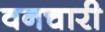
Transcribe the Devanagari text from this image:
वनचारी